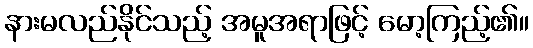
နားမလည်နိုင်သည့် အမူအရာဖြင့် မော့ကြည့်၏။